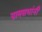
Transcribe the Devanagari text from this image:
ग्रामसभांनी